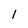
Character: 1